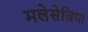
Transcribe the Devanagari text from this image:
मलेसेजिया